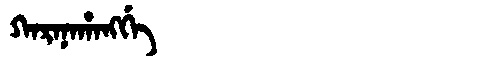
Manchu: ᡴᠠᡵᠠᠨᠠᡥᠠᠩᡤᡝ
Romanization: KARANAHANGGE